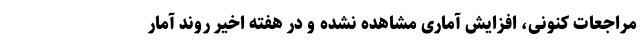
مراجعات کنونی، افزایش آماری مشاهده نشده و در هفته اخیر روند آمار